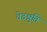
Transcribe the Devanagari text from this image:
वेदश्रुति